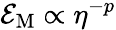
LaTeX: {\cal E}_{\mathrm{M}}\propto\eta^{-p}